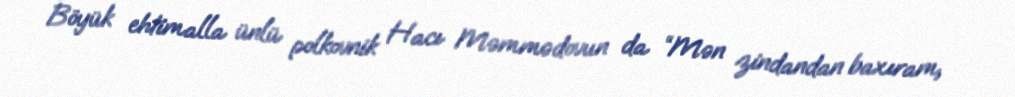
Böyük ehtimalla ünlü polkovnik Hacı Məmmədovun da “Mən zindandan baxıram,